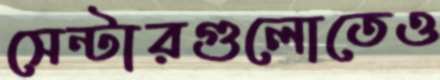
সেন্টারগুলোতেও